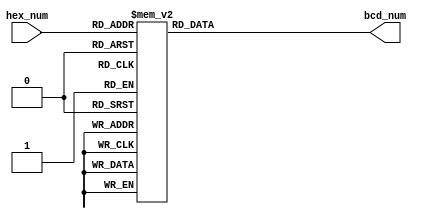
module hex2bcd2 (
    input [3:0]hex_num,
    output reg [7:0]bcd_num
);
    always @(*) begin
        case (hex_num)
            'b0000:bcd_num = 'b0000_0000;   //00
            'b0001:bcd_num = 'b0000_0001;   //01
            'b0010:bcd_num = 'b0000_0010;   //02
            'b0011:bcd_num = 'b0000_0011;   //03
            'b0100:bcd_num = 'b0000_0100;   //04
            'b0101:bcd_num = 'b0000_0101;   //05
            'b0110:bcd_num = 'b0000_0110;   //06
            'b0111:bcd_num = 'b0000_0111;   //07
            'b1000:bcd_num = 'b0000_1000;   //08
            'b1001:bcd_num = 'b0000_1001;   //09
            'b1010:bcd_num = 'b0001_0000;   //10
            'b1011:bcd_num = 'b0001_0001;   //11
            'b1100:bcd_num = 'b0001_0010;   //12
            'b1101:bcd_num = 'b0001_0011;   //13
            'b1110:bcd_num = 'b0001_0100;   //14
            'b1111:bcd_num = 'b0001_0101;   //15
            default: bcd_num = 'b1111_1111; //--
        endcase
    end  
endmodule